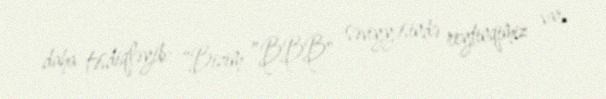
daha təsdiqləyib: “Bizim ”BBB" səviyyəsində reytinqimiz var.